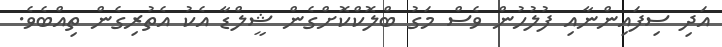
އަދި ސިފައިންނާއި ފުލުހުން ވެސް މަގު ބްލޮކްކޮށްގެން ޝީލްޑާ އެކު އެތުރިގެން ތިއްބެވެ.